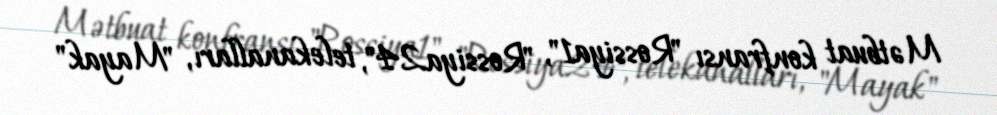
Mətbuat konfransı "Rossiya1", "Rossiya24", telekanalları, "Mayak"